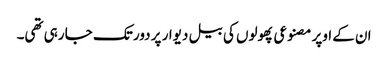
ان کے اوپر مصنوعی پھولوں کی بیل دیوار پر دور تک جا رہی تھی۔